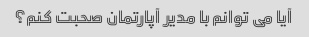
آیا می توانم با مدیر آپارتمان صحبت کنم؟